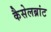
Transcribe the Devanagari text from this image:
कैसेलब्रांट